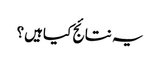
یہ نتائج کیاہیں؟